Vaccination in Burma 1912-1922 - 1912-1922
Year: 1912
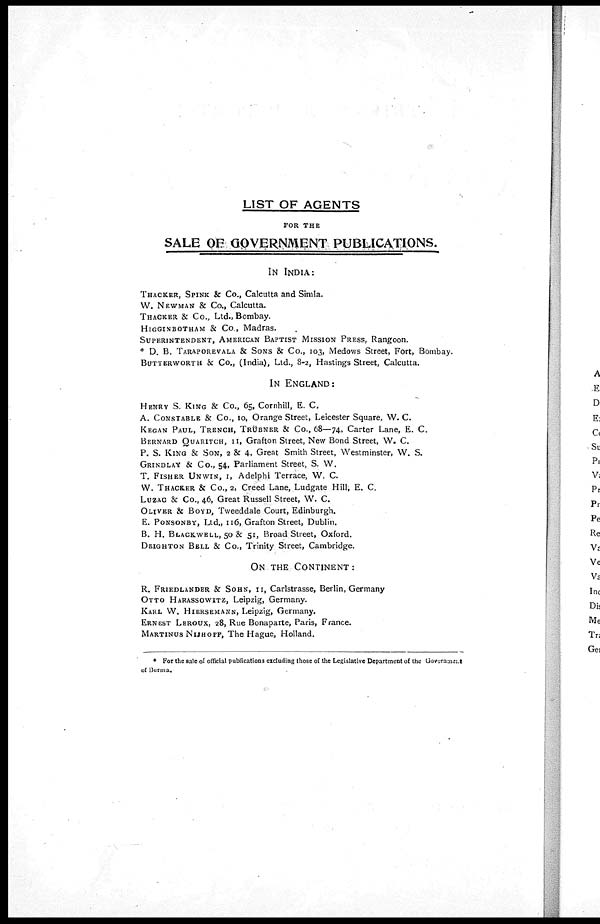
LIST OF AGENTS
FOR THE
SALE OF GOVERNMENT PUBLICATIONS.
IN INDIA:
THACKER, SPINK & Co., Calcutta and Simla.
W. NEWMAN & Co., Calcutta.
THACKER & Co., Ltd., Bombay.
HIGGINBOTHAM & Co., Madras.
SUPERINTENDENT, AMERICAN BAPTIST MISSION PRESS, Rangoon.
* D. B. TARAPOREVALA & SONS & Co., 103, Medows Street, Fort, Bombay.
BUTTERWORTH & Co., (India), Ltd., 8-2, Hastings Street, Calcutta.
IN ENGLAND:
HENRY S. KING & Co., 65, Cornhill, E. C.
A. CONSTABLE & Co., 10, Orange Street, Leicester Square, W. C.
KEGAN PAUL, TRENCH, TRÜBNER & Co., 68—74, Carter Lane, E. C.
BERNARD QUARITCH, II, Grafton Street, New Bond Street, W. C.
P. S. KING & SON, 2 & 4, Great Smith Street, Westminster, W. S.
GRINDLAY & Co., 54, Parliament Street, S. W.
T. FISHER UNWIN, I, Adelphi Terrace, W. C.
W. THACKER & Co., 2, Creed Lane, Ludgate Hill, E. C.
LUZAC & Co., 46, Great Russell Street, W. C.
OLIVER & BOYD, Tweeddale Court, Edinburgh.
E. PONSONBY, Ltd., 116, Grafton Street, Dublin.
B. H. BLACKWELL, 50 & 51, Broad Street, Oxford.
DEIGHTON BELL & Co., Trinity Street, Cambridge.
ON THE CONTINENT:
R. FRIEDLANDER & SOHN, II, Carlstrasse, Berlin, Germany
OTTO HARASSOWITZ, Leipzig, Germany.
KARL W. HIERSEMANN, Leipzig, Germany.
ERNEST LEROUX, 28, Rue Bonaparte, Paris, France.
MARTINUS NIJHOFF, The Hague, Holland.
* For the sale of official publications excluding those of the Legislative Department of the Government
of Burma.